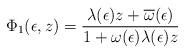
LaTeX: \begin{gather*}\Phi_1(\epsilon,z)=\frac{\lambda(\epsilon)z+\overline{\omega}(\epsilon)} {1+\omega(\epsilon)\lambda(\epsilon) z}\end{gather*}